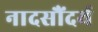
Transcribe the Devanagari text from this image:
नादसौंदर्य